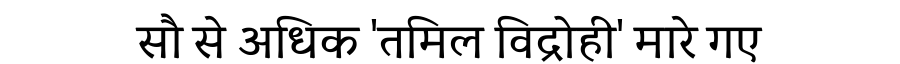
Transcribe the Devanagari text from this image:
सौ से अधिक 'तमिल विद्रोही' मारे गए